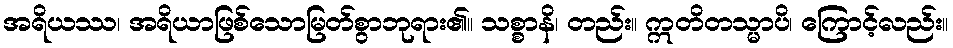
အရိယဿ၊ အရိယာဖြစ်သောမြတ်စွာဘုရား၏။ သစ္စာနိ၊ တည်း။ ဣတိတသ္မာပိ၊ ကြောင့်လည်း။